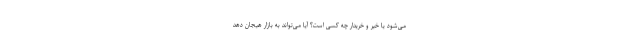
می‌شود یا خیر و خریدار چه کسی است؟ آیا می‌تواند به بازار هیجان دهد